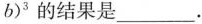
b )^{3}$$的结果是___。